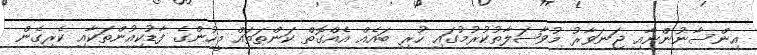
އިންސާނުންނާއި ޖަނަވާރު މުވާޞަލާތުކުރުމުގައި ހުރި ބައެއް އެއްގޮތް ކަންތަތައް މީހުންގެ ފާޑުކިއުންތަކާއި ކެރިގެން